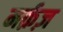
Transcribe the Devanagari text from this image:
मर्क़ज़